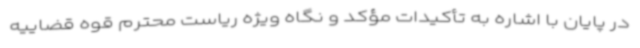
در پایان با اشاره به تأکیدات مؤکد و نگاه ویژه ریاست محترم قوه قضاییه